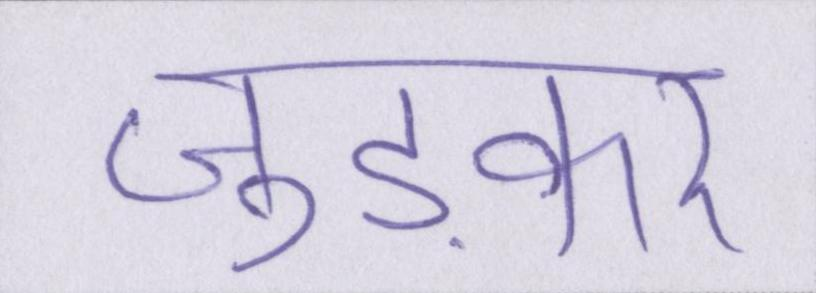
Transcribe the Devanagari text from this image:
जुड़कर